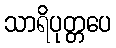
သာရိပုတ္တပေ